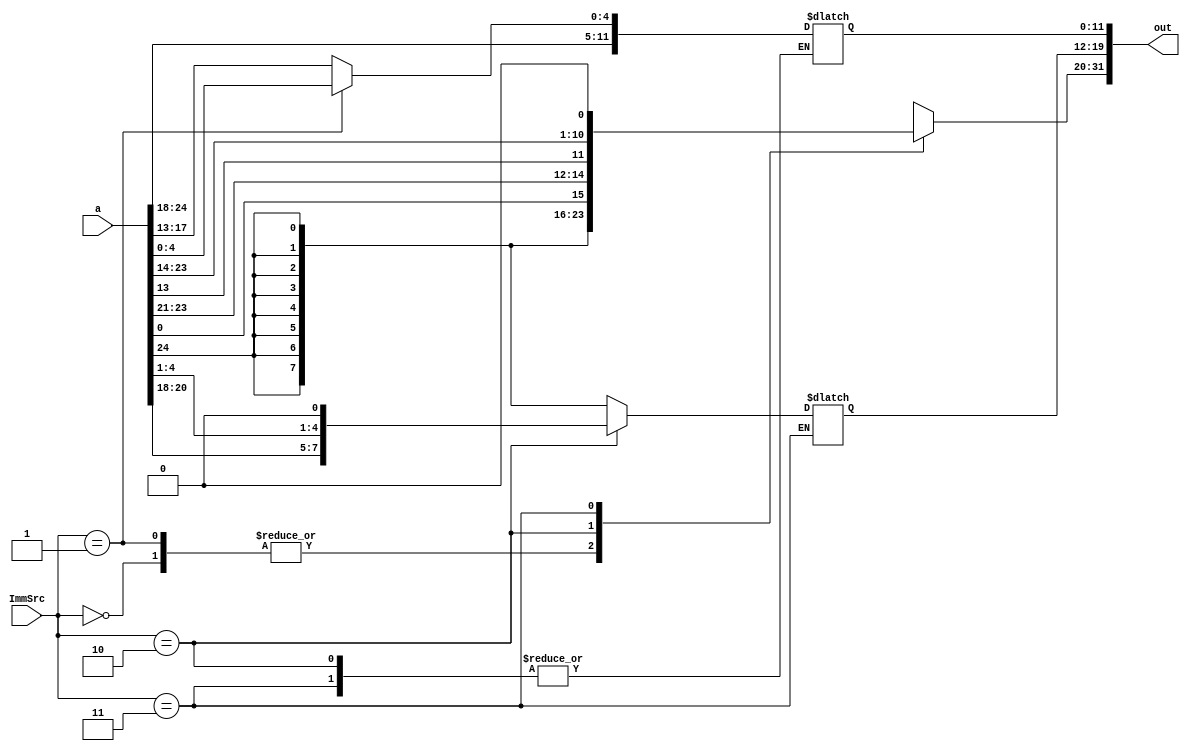
module extend(
    input [24:0] a,
    input [1:0] ImmSrc,
    output reg [31:0] out
    );

always@(*) begin
    case(ImmSrc)
        2'b00:  begin
                    out = {{20{a[24]}}, a[24:13]};
                end
        2'b01: begin
                    out = {{20{a[24]}},a[24:18],a[4:0]};
                end
        2'b10: begin
                    out[31:12] = {{20{a[24]}},a[0],a[23:18],a[4:1],1'b0};
                    
                end
        2'b11: begin
                    out[31:20] = {{12{a[24]}}, a[12:5], a[13], a[23:14], 1'b0};
                    
                end
    endcase

    end

endmodule